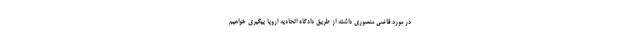
در مورد قاضی منصوری داشته از طریق دادگاه اتحادیه اروپا پیگیری خواهیم